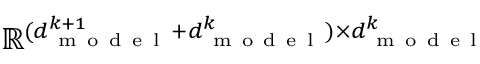
\mathbb { R } ^ { ( d _ { \mathrm { ~ m ~ o ~ d ~ e ~ l ~ } } ^ { k + 1 } + d _ { \mathrm { ~ m ~ o ~ d ~ e ~ l ~ } } ^ { k } ) \times d _ { \mathrm { ~ m ~ o ~ d ~ e ~ l ~ } } ^ { k } }